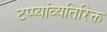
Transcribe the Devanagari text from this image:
टप्प्यांव्यतिरिक्त